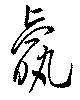
羸